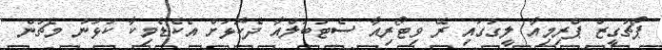
ޕޯޗުގީޒް ޕްރިމިއާ ލީގުގައި ރޭ ވިޓޯރިއާ ސެޓުބަލްއާ ދެކޮޅަށް އެކެޑެމިކާ ކުޅުނު މެޗުން